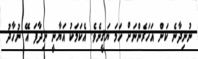
ނުނިދާނެ ކަން އަހަރެންނަށް ހަމަ ޔަޤީނެވެ. އެކަމަކު އަޔާނީ ނިދާފަ އޭ ނުހާދު